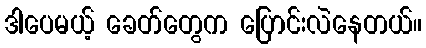
ဒါပေမယ့် ခေတ်တွေက ပြောင်းလဲနေတယ်။